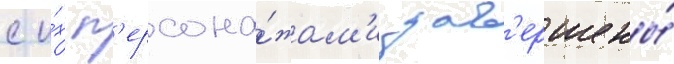
с и́х п'ерсона́жам'и зав'ершены́